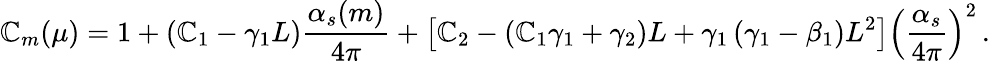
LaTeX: \mathbb{C}_{m}(\mu)=1+\left(\mathbb{C}_{1}-\gamma_{1}L\right)\frac{{\alpha_{s}(m)}}{{4\pi}}+\left[\mathbb{C}_{2}-\left(\mathbb{C}_{1}\gamma_{1}+\gamma_{2}\right)L+\gamma_{1}\left(\gamma_{1}-\beta_{1}\right)L^{2}\right]\left(\frac{{\alpha_{s}}}{{4\pi}}\right)^{2}\, .